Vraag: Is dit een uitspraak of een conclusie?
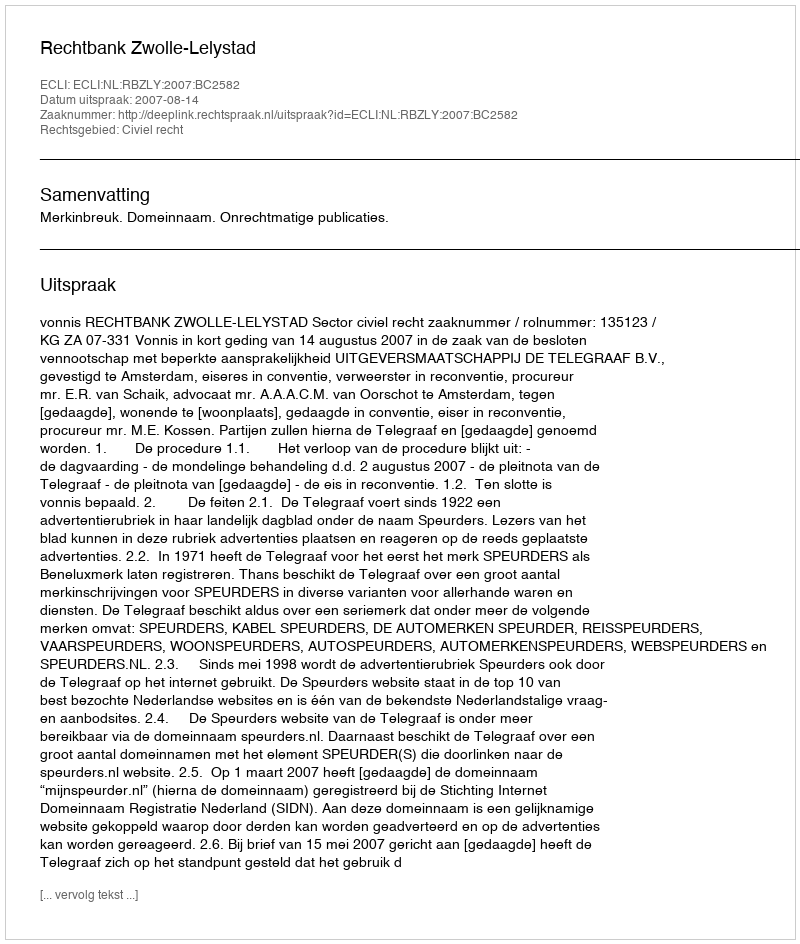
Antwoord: Uitspraak